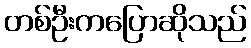
တစ်ဦးကပြောဆိုသည်